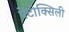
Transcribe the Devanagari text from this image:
पेंटोक्सिली